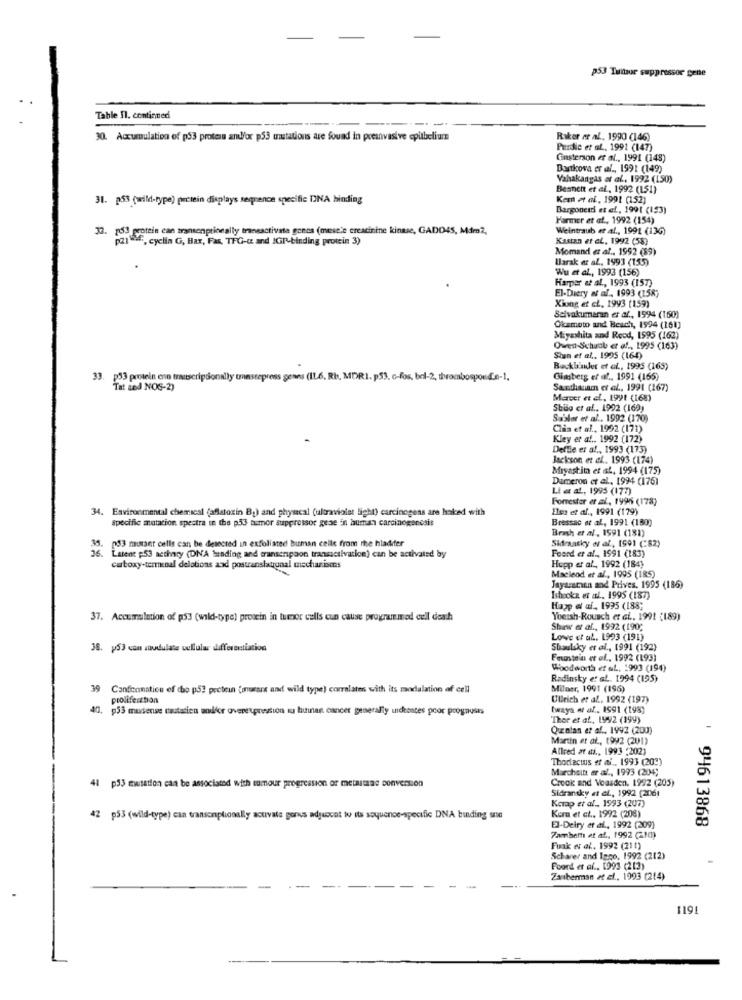
p53 Tuttor suppressor gene
Table Il. continued
30. Accumulation of p53 protein and/or p53 mutations are found in preinvasive epubelium
Raker er al ., 1990 (146)
Perdie et al ., 1991 (147)
Ginsterson et al ., 1991 (143)
Dortkova er al ., 1991 (149)
Vahakangas et al ., 1992 (150)
Beanch et al, 1992 (151)
31. p53 (wild-type) protein displays sequence specific DNA binding
Kem et al, 1991 (152)
Bargonerdi et ef, 1991 (193)
Farmer et al ., 1992 (154)
153 protein can transonptionally transactivate gonca (mese'e creatinine kinase, GADD4S, Mdm2,
Weintraub et al ., 1991 (136)
p21 Wifi, cyclin G, Bax, Fas, TFG-c and IGP-binding protein 3)
Kauan et al, 1992 (58)
Momand et al ., 1992 (59)
Harak et al ., 1993 (155)
Wu et al ., 1993 (156)
Harper at al, 1993 (157)
El-Ditry at al ., 1993 (158;
Xiung et cl, 1993 (159)
Selvakumaran et al ., 1994 (160)
Okamoto and Beach, 1594 (161)
Miyashita and Reed, 1995 (162)
Owen-Schach et al ., 1995 (163)
Shan et al ., 1995 (164)
Backbinder et al ., 1995 (165)
33. p33 protein enn transcriptionally tmassepress genni (IL6, Ris, MDRI. p53. c-fos, bel-2, thrombosponde-1,
Ginsberg er af ., 1991 (165)
Tat and NOS-2)
Santhanam et al ., 1991 (167)
Mercer et al, 1991 (165)
Stig et al ., 1992 (169)
Sabler et al ., 1992 (170)
Clin et al ., 1992 (171)
Kley et al .. 1992 (172)
Deffie er al ., 1993 (173)
Jackson et al .. 1993 (174)
Miyastit et at, 1994 (175)
Dameron et al. 1994 (176)
Li a at, 1995 (177)
Forrester er al, 1995 (178)
34. Environmental chemical (aflatoxin Bg) and physical (ultraviolet light) carcinogens are haked with
Iles et al ., 1991 (179)
Specific mutation spectra in the p53 tumor suppressor gese in human carcinogenesis
Bressac et al ., 1991 (180)
Brash et al , 1591 (181)
053 mutant cells can be detected in exfoliated buman celle from the hladiter
Sidraasky es af, [501 (:82)
Foord et al ., 1991 (183)
Latent p53 acthary (DNA binding and transenpaon transactivation) can be activated by
cutoxy-terminal deletions axd postranslaugaal mechanisms
Hopp et al ., 1992 (184)
Macleod et al ., 1995 (185)
Jayaracın and Prives, 1995 (186)
Ishooks et al ., 1995 (187)
Happ of af ., 1995 (188;
37. Accumulation of p53 (wild-type) protein in tumor cells cun cause programmed cull death
Yoeish-Rousch et al ., 1991 (189)
Shaw et al ., 1992 (190;
Love of al. 1993 (191)
38. y53 con soudulate uullular differentiation
Shoulsky et al ., 1991 (192)
Fastein et of, 1992 (193)
Woodworth et al ., 1993 (194)
Radinsky et al. 1994 (195)
39 Conformation of the p5? pectein (onurar and wild type) correlates with its modalation of cell
Milner, 1991 (196)
prolifesttion
Ullrich et al ., 1992 (197)
40, p53 masense tautasien andfor overexpression su luinant cancer generally indeestes poor prognoses
Iwaya # af .. 1591 (198)
Thor et al ., 1992 (199)
Quznian et af ., 1992 (200)
Martin et al ., 1992 (201)
Allred at ai ., 1993 :202)
Thorlacius et al ., 1993 (203)
Marchsitt er al ., 1993 (204)
Crook and Voasden. 1992 (205)
41 p33 mwtation can be associated with somour progression of metaisaac conversion
Sidransky et al ., 1992 (206)
Koap et al ., 1993 (207)
42 p53 (wild-type) can transonplionslly activate porus adjuocat to its soyuence-specific DNA binding sne
Kem et al ., 1992 (208)
94613868
EJ-Deiry et al ., 1992 (209)
Zambeth et al ., 1992 (1)
Fuak es el. 1992 (211)
Scharer and Iago, 1992 (212)
Foord et al ., 1993 (213)
Zauberman et al ., 1993 (214)
119